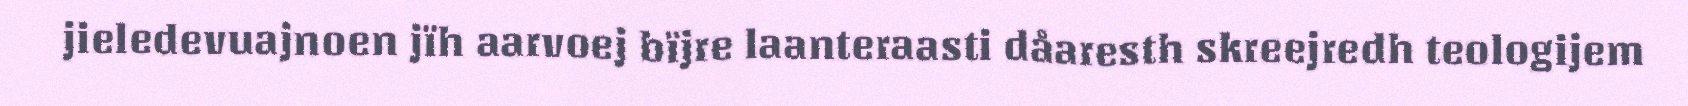
jieledevuajnoen jïh aarvoej bïjre laanteraasti dåaresth skreejredh teologijem